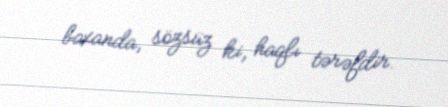
baxanda, sözsüz ki, haqlı tərəfdir.